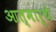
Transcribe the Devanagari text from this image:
आत्मार्थे